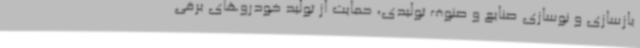
بازسازی و نوسازی صنایع و صنوف تولیدی، حمایت از تولید خودروهای برقی